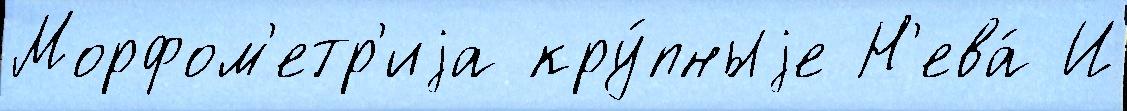
Морфом'етр'иjа кру́пныjе Н'ева́ И